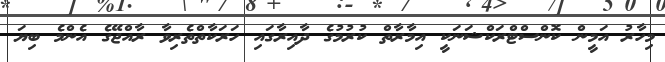
މިހާރު އަމީން ކޮންސްޓްރަކްޝަނަކީ އިމާރާތް ކުރުމުގެ ދާއިރާގައި ހަރަކާތްތެރިވާ ރާއްޖޭގެ އެންމެ ބިޔަ